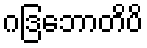
ဂဒြဘောတိပိ